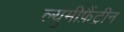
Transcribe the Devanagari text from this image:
ल्युमीफ़ैंट्रीन